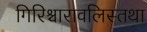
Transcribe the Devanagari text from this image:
गिरिश्चारावलिस्तथा